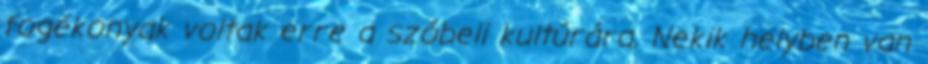
fogékonyak voltak erre a szóbeli kultúrára. Nekik helyben van